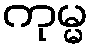
ကုမ္မ